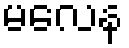
မလေန